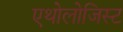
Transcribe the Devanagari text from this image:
एथोलोजिस्ट